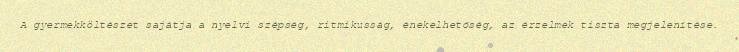
A gyermekköltészet sajátja a nyelvi szépség, ritmikusság, énekelhetőség, az érzelmek tiszta megjelenítése.